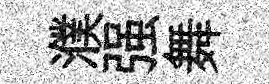
濮强舞